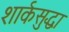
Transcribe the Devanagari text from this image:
शार्कसुद्धा